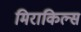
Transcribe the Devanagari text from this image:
मिराकिल्स